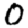
Digit: 0